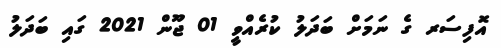
އޮފިސަރ ގެ ނަމަށް ބަދަލު ކުރެއްވީ 01 ޖޫން 2021 ގައި ބަދަލު